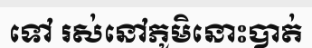
ទៅ រស់នៅភូមិនោះបាត់